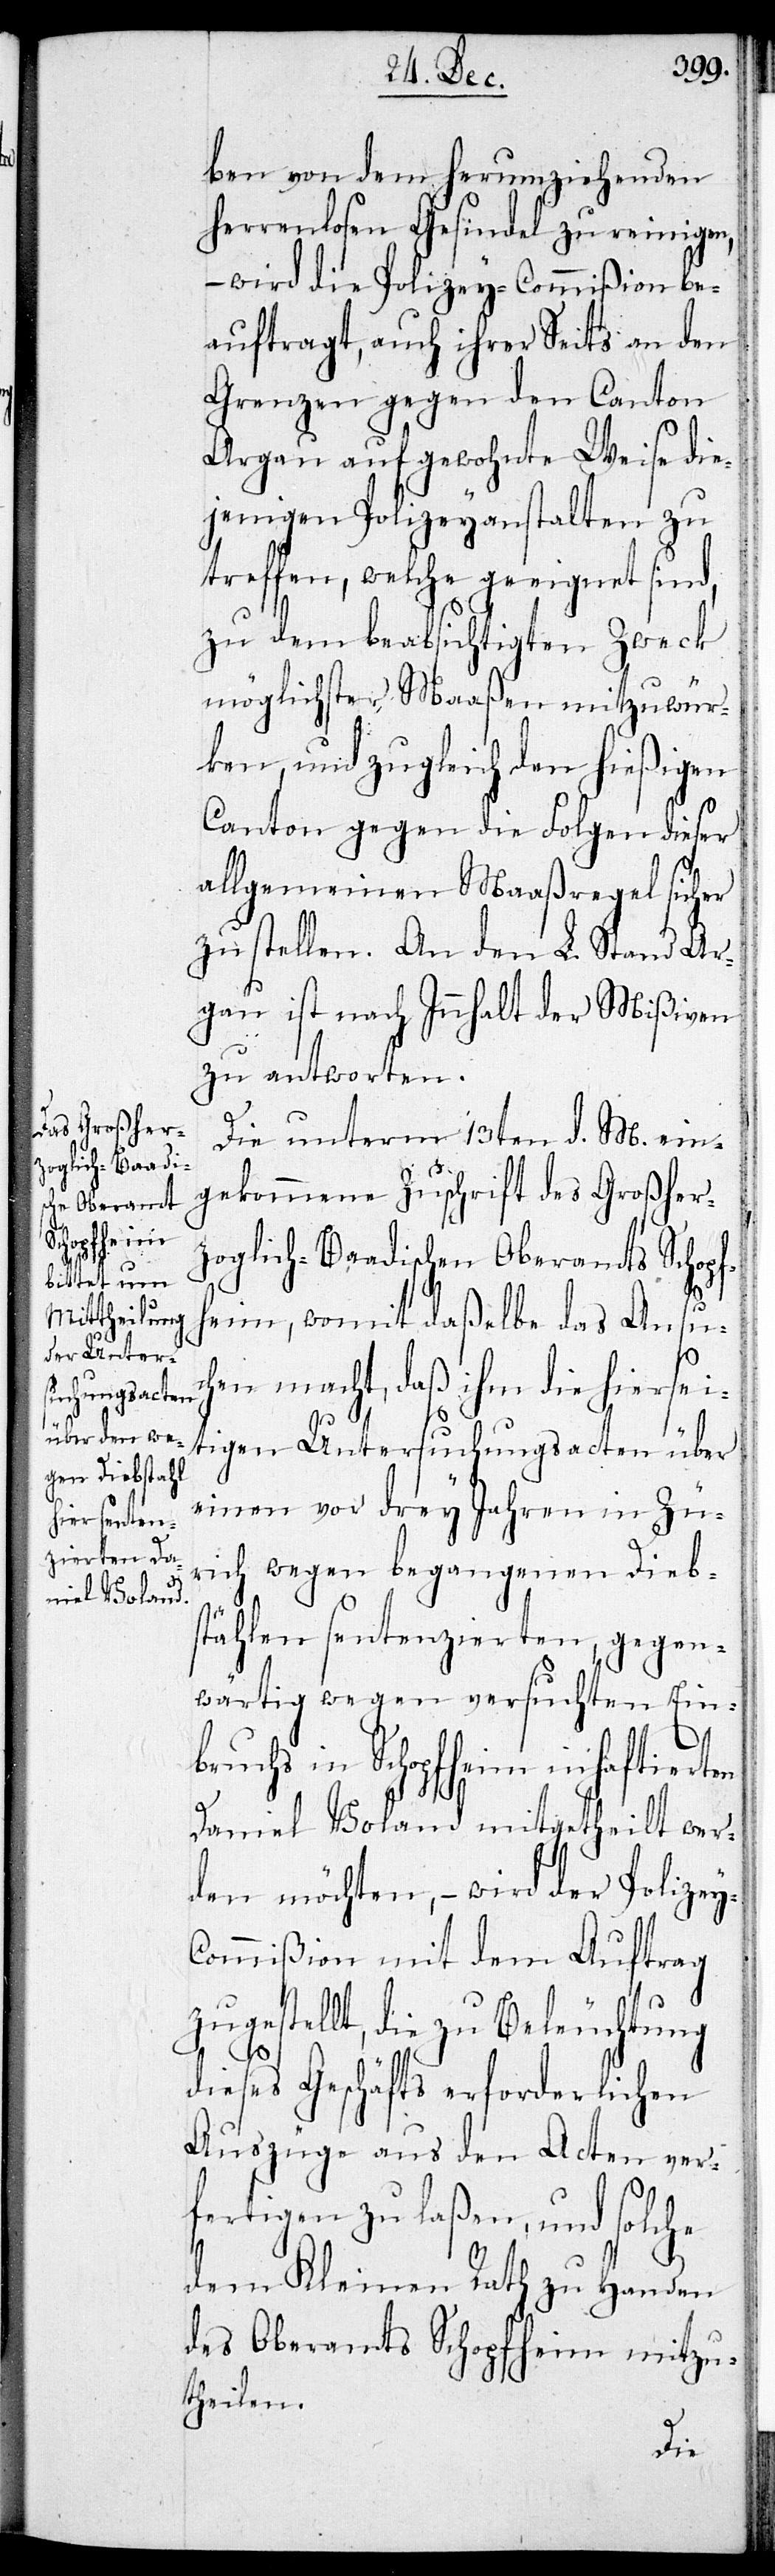
ben von dem herumziehenden
herrenlosen Gesindel zu reinigen,
– wird die Polizey-Commißion be¬
auftragt, auch ihrer Seits an den
grenzen gegen den Canton
Aargau auf gewohnte Weise die¬
jenigen Polizeyanstalten zu
treffen, welche geeignet sind,
zu dem beabsichtigten Zweck
möglichster Maaßen mitzuwür¬
ken, und zugleich den hießigen
Canton gegen die Folgen dieser
allgemeinen Maaßregel sicher¬
zustellen. An den L. Stand Aar¬
gau ist nach Innhalt der Mißiven
zu antworten.
Die unterm 13ten d. M. ein¬
gekommene Zuschrift des Großher¬
zoglich-Baadischen Oberamts Schopf¬
heim, womit daßelbe das Ansu¬
chen machen, daß ihm die hiersei¬
tigen Untersuchungsacten über
einen vor drey Jahren in Zü¬
rich wegen begangenen Dieb¬
stählen sentenzierten gegen¬
wärtig wegen versuchten Einbr¬
uchs in Schopfheim inhaftierten
Daniel Voland mitgetheilt wer¬
den möchten, – wird der Polizey-C¬
ommißion mit dem Auftrag
zugestellt, die zu Beleuchtung
dieses Geschäfts erforderlichen
Auszüge aus den Acten ver¬
fertigen zu laßen, und solche
dem Kleinen Rath zu Handen
des Oberamts Schopfheim mitzu¬
theilen.